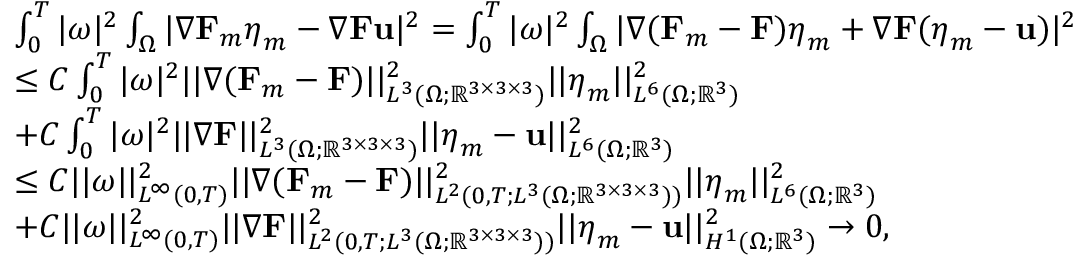
\begin{array} { r l } & { \int _ { 0 } ^ { T } | \omega | ^ { 2 } \int _ { \Omega } | \nabla \mathbf { F } _ { m } \boldsymbol { \eta } _ { m } - \nabla \mathbf { F } \mathbf { u } | ^ { 2 } = \int _ { 0 } ^ { T } | \omega | ^ { 2 } \int _ { \Omega } | \nabla ( \mathbf { F } _ { m } - \mathbf { F } ) \boldsymbol { \eta } _ { m } + \nabla \mathbf { F } ( \boldsymbol { \eta } _ { m } - \mathbf { u } ) | ^ { 2 } } \\ & { \leq C \int _ { 0 } ^ { T } | \omega | ^ { 2 } | | \nabla ( \mathbf { F } _ { m } - \mathbf { F } ) | | _ { L ^ { 3 } ( \Omega ; \mathbb { R } ^ { 3 \times 3 \times 3 } ) } ^ { 2 } | | \boldsymbol { \eta } _ { m } | | _ { L ^ { 6 } ( \Omega ; \mathbb { R } ^ { 3 } ) } ^ { 2 } } \\ & { + C \int _ { 0 } ^ { T } | \omega | ^ { 2 } | | \nabla \mathbf { F } | | _ { L ^ { 3 } ( \Omega ; \mathbb { R } ^ { 3 \times 3 \times 3 } ) } ^ { 2 } | | \boldsymbol { \eta } _ { m } - \mathbf { u } | | _ { L ^ { 6 } ( \Omega ; \mathbb { R } ^ { 3 } ) } ^ { 2 } } \\ & { \leq C | | \omega | | _ { L ^ { \infty } ( 0 , T ) } ^ { 2 } | | \nabla ( \mathbf { F } _ { m } - \mathbf { F } ) | | _ { L ^ { 2 } ( 0 , T ; L ^ { 3 } ( \Omega ; \mathbb { R } ^ { 3 \times 3 \times 3 } ) ) } ^ { 2 } | | \boldsymbol { \eta } _ { m } | | _ { L ^ { 6 } ( \Omega ; \mathbb { R } ^ { 3 } ) } ^ { 2 } } \\ & { + C | | \omega | | _ { L ^ { \infty } ( 0 , T ) } ^ { 2 } | | \nabla \mathbf { F } | | _ { L ^ { 2 } ( 0 , T ; L ^ { 3 } ( \Omega ; \mathbb { R } ^ { 3 \times 3 \times 3 } ) ) } ^ { 2 } | | \boldsymbol { \eta } _ { m } - \mathbf { u } | | _ { H ^ { 1 } ( \Omega ; \mathbb { R } ^ { 3 } ) } ^ { 2 } \to 0 , } \end{array}